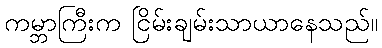
ကမ္ဘာကြီးက ငြိမ်းချမ်းသာယာနေသည်။